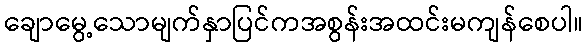
ချောမွေ့သောမျက်နှာပြင်ကအစွန်းအထင်းမကျန်စေပါ။